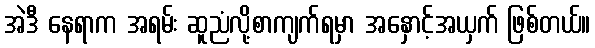
အဲဒီ နေရာက အရမ်း ဆူညံလို့စာကျက်ရမှာ အနှောင့်အယှက် ဖြစ်တယ်။